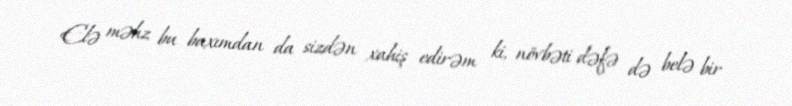
Elə məhz bu baxımdan da sizdən xahiş edirəm ki, növbəti dəfə də belə bir